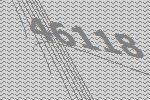
46118